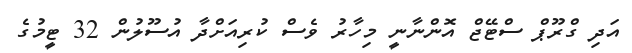
އަދި ގްރޫޕް ސްޓޭޖް އޮންނާނީ މިހާރު ވެސް ކުރިއަށްދާ އުސޫލުން 32 ޓީމުގެ